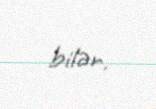
bilər.